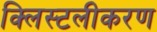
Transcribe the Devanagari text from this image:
क्लिस्टलीकरण